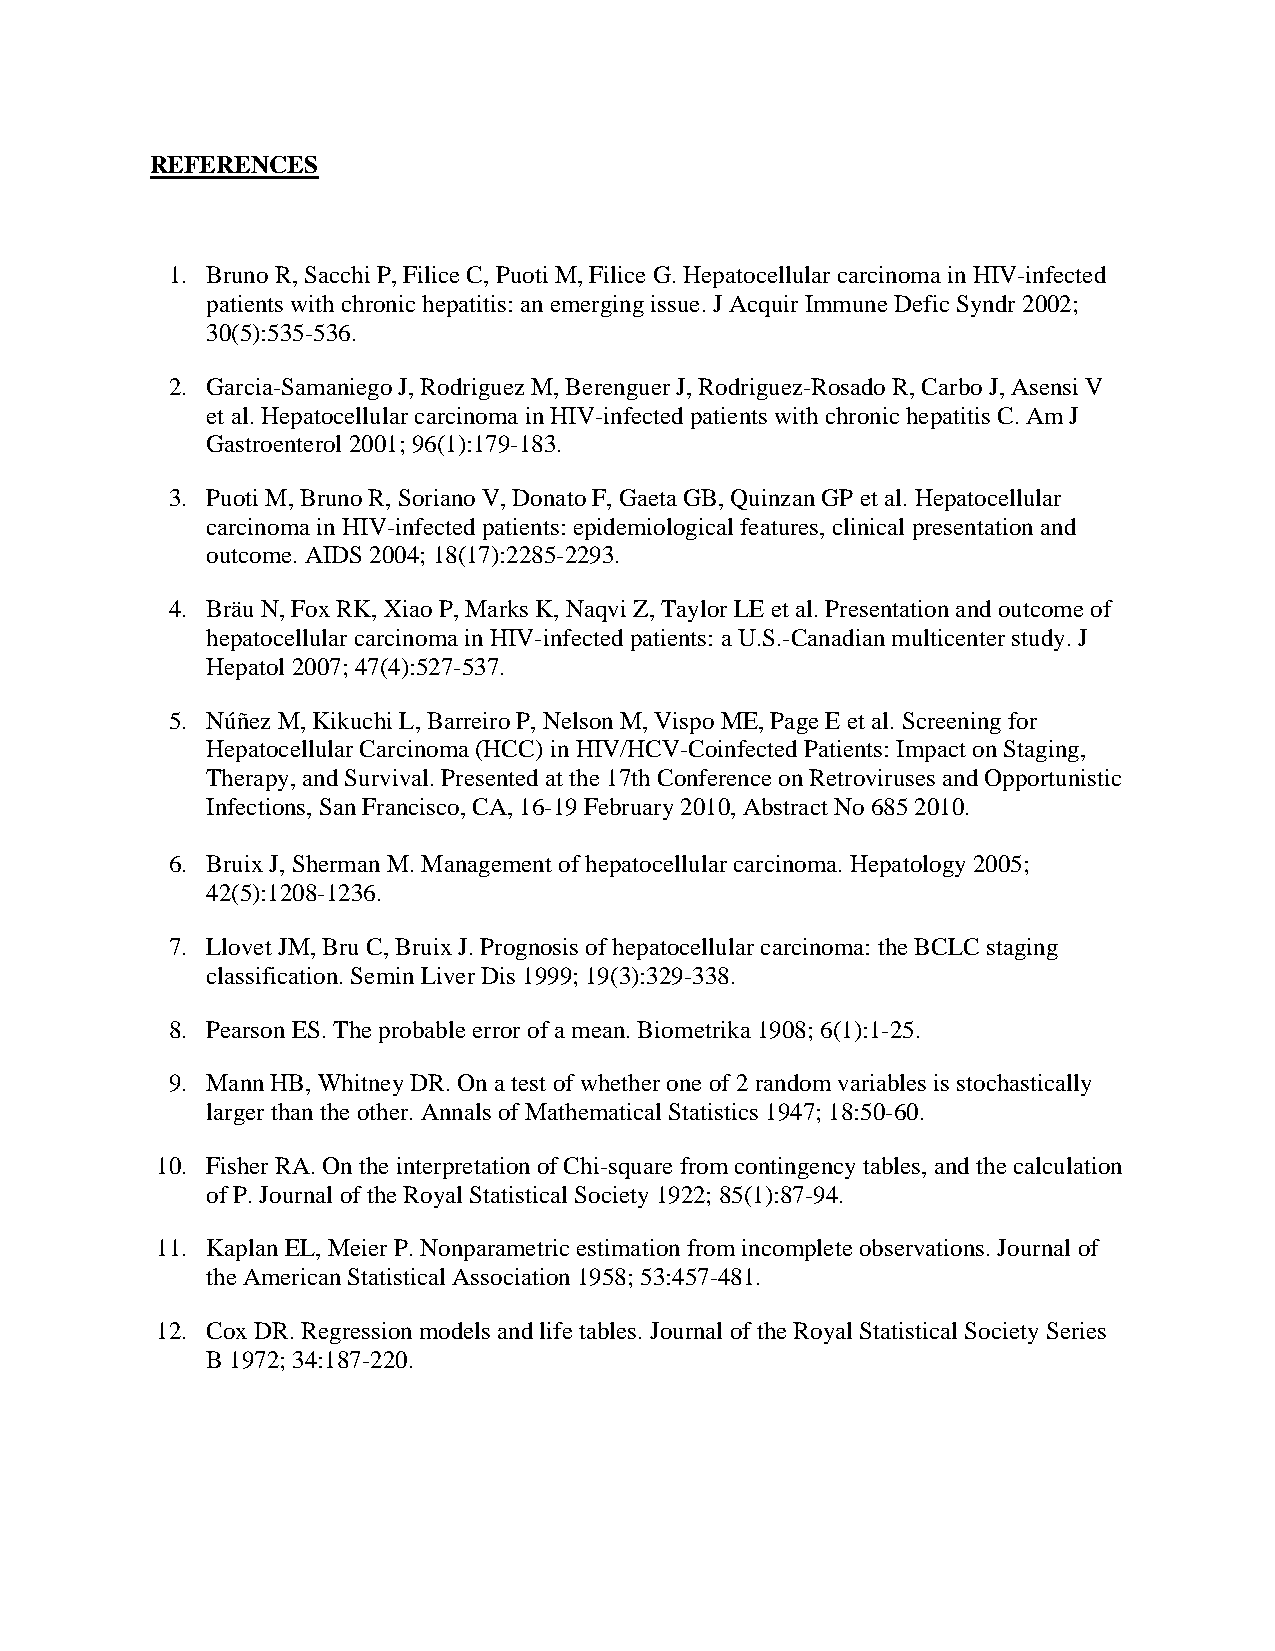
REFERENCES
 1. Bruno R, Sacchi P, Filice C, Puoti M, Filice G. Hepatocellular carcinoma in HIV-infected
 patients with chronic hepatitis: an emerging issue. J Acquir Immune Defic Syndr 2002;
 30(5):535-536.
 2. Garcia-Samaniego J, Rodriguez M, Berenguer J, Rodriguez-Rosado R, Carbo J, Asensi V
 et al. Hepatocellular carcinoma in HIV-infected patients with chronic hepatitis C. Am J
 Gastroenterol 2001; 96(1):179-183.
 3. Puoti M, Bruno R, Soriano V, Donato F, Gaeta GB, Quinzan GP et al. Hepatocellular
 carcinoma in HIV-infected patients: epidemiological features, clinical presentation and
 outcome. AIDS 2004; 18(17):2285-2293.
 4. Bräu N, Fox RK, Xiao P, Marks K, Naqvi Z, Taylor LE et al. Presentation and outcome of
 hepatocellular carcinoma in HIV-infected patients: a U.S.-Canadian multicenter study. J
 Hepatol 2007; 47(4):527-537.
 5. Núñez M, Kikuchi L, Barreiro P, Nelson M, Vispo ME, Page E et al. Screening for
 Hepatocellular Carcinoma (HCC) in HIV/HCV-Coinfected Patients: Impact on Staging,
 Therapy, and Survival. Presented at the 17th Conference on Retroviruses and Opportunistic
 Infections, San Francisco, CA, 16-19 February 2010, Abstract No 685 2010.
 6. Bruix J, Sherman M. Management of hepatocellular carcinoma. Hepatology 2005;
 42(5):1208-1236.
 7. Llovet JM, Bru C, Bruix J. Prognosis of hepatocellular carcinoma: the BCLC staging
 classification. Semin Liver Dis 1999; 19(3):329-338.
 8. Pearson ES. The probable error of a mean. Biometrika 1908; 6(1):1-25.
 9. Mann HB, Whitney DR. On a test of whether one of 2 random variables is stochastically
 larger than the other. Annals of Mathematical Statistics 1947; 18:50-60.
 10. Fisher RA. On the interpretation of Chi-square from contingency tables, and the calculation
 of P. Journal of the Royal Statistical Society 1922; 85(1):87-94.
 11. Kaplan EL, Meier P. Nonparametric estimation from incomplete observations. Journal of
 the American Statistical Association 1958; 53:457-481.
 12. Cox DR. Regression models and life tables. Journal of the Royal Statistical Society Series
 B 1972; 34:187-220.